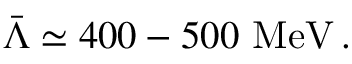
\bar { \Lambda } \simeq 4 0 0 - 5 0 0 ~ \mathrm { M e V } \, .